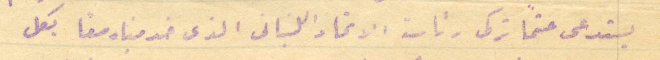
يستدعى حتمًا تركى رئاسة الاتحاد اللبنانى الذى خدمناه معًا بكل